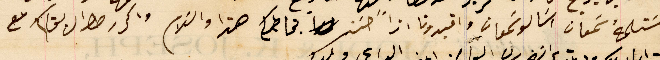
مسَتلمهُ سَمعان اسَالو سَمعان وافيدونا اذاً حسَن بخاطاكم هذا والسَلام واكرر طوال بقاكم مع